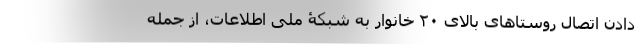
دادن اتصال روستاهای بالای ۲۰ خانوار به شبکۀ ملی اطلاعات، از جمله